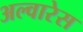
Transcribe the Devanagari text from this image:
अल्वारेस